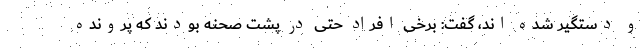
و دستگیر شده اند، گفت: برخی افراد حتی در پشت صحنه بودند که پرونده